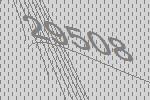
29508